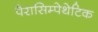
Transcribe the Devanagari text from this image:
पैरासिम्पेथेटिक